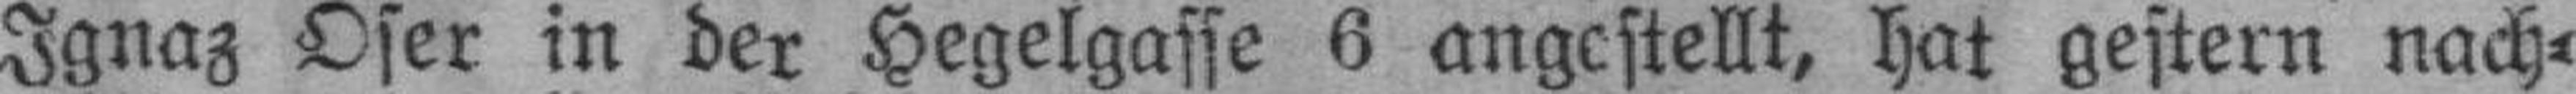
Ignaz Oser in der Hegelgasse 6 angestellt, hat gestern nach¬